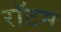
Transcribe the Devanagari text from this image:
रॉटम